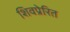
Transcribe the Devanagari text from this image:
शिवप्रेरित